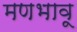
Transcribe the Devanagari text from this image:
मणभावू